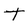
Character: T